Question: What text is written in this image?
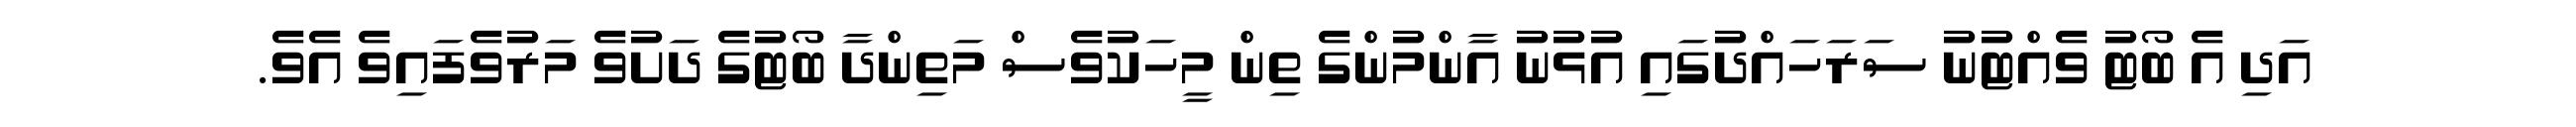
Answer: އަދި އެ ބޯޓު ވެއްޓުނު ސަރަހައްދުގައި އުޅުނު އާންމުންގެ ތިން މީހަކުވެސް މަތިންދާ ބޯޓުގެ ދަށުވެ މަރުވެފައިވެ އެވެ.